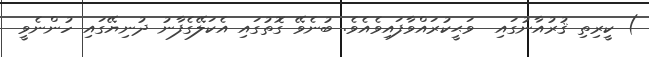
) ކީރިތި ޤުރުއާނުގައި  ވަޙީކުރައްވާފައިވެއެވެ. ބުނެވޭ ގޮތުގައި އެކަލޭގެފާނު ދުނިޔޭގައި ހުންނެވީ